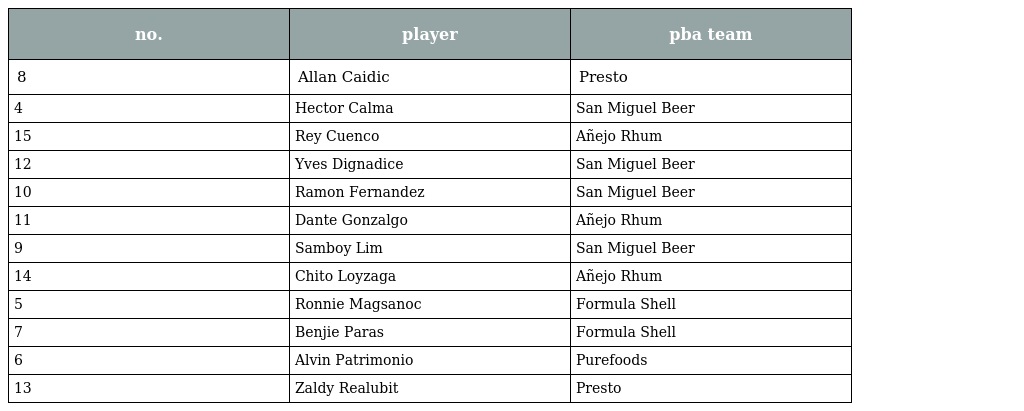
| no. | player | pba team |
 | --- | --- | --- |
 | 8 | Allan Caidic | Presto |
 | 4 | Hector Calma | San Miguel Beer |
 | 15 | Rey Cuenco | Añejo Rhum |
 | 12 | Yves Dignadice | San Miguel Beer |
 | 10 | Ramon Fernandez | San Miguel Beer |
 | 11 | Dante Gonzalgo | Añejo Rhum |
 | 9 | Samboy Lim | San Miguel Beer |
 | 14 | Chito Loyzaga | Añejo Rhum |
 | 5 | Ronnie Magsanoc | Formula Shell |
 | 7 | Benjie Paras | Formula Shell |
 | 6 | Alvin Patrimonio | Purefoods |
 | 13 | Zaldy Realubit | Presto |